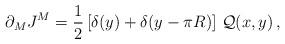
LaTeX: \begin{align*}\partial_M J^M=\frac{1}{2}\left[\delta(y)+\delta(y-\pi R)\right]\,{\cal Q}(x,y)\, ,\end{align*}